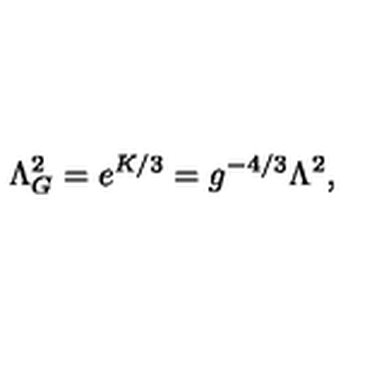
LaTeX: \Lambda _ { G } ^ { 2 } = e ^ { K / 3 } = g ^ { - 4 / 3 } \Lambda ^ { 2 } ,